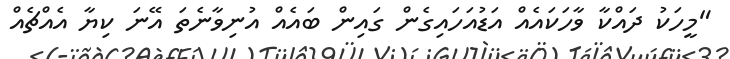
"މީހަކު ދައްކާ ވާހަކައެއް އަޑުއަހައިގެން ގައިން ބައެއް އުނިވާނެތަ އޭނަ ކިޔާ އެއްޗެއް